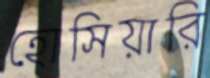
হোসিয়ারি